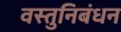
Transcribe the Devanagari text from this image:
वस्तुनिबंधन